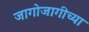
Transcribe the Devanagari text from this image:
जागोजागीच्या